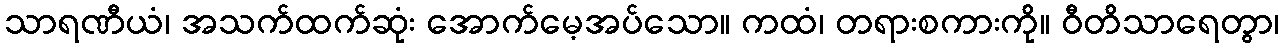
သာရဏီယံ၊ အသက်ထက်ဆုံး အောက်မေ့အပ်သော။ ကထံ၊ တရားစကားကို။ ဝီတိသာရေတွာ၊